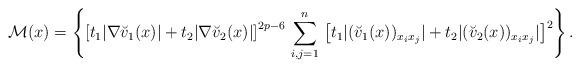
LaTeX: \begin{align*} \mathcal{M}(x)= \left\{ \left[ t_1 | \nabla \breve v_1(x) | + t_2 | \nabla \breve v_2(x) | \right]^{ 2p - 6} \, \sum_{i,j=1}^n \, \left[ t_1 |(\breve v_1(x))_{x_i x_j}| + t_2 |(\breve v_2(x))_{x_i x_j}| \right]^2 \right\}. \end{align*}